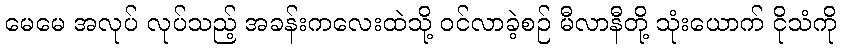
မေမေ အလုပ် လုပ်သည့် အခန်းကလေးထဲသို့ ဝင်လာခဲ့စဉ် မီလာနီတို့ သုံးယောက် ငိုသံကို